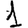
Digit: 1